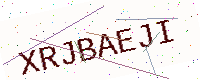
Text: XRJBAEJI